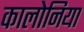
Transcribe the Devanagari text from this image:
कालोनिया